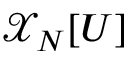
\mathcal { X } _ { N } [ U ]